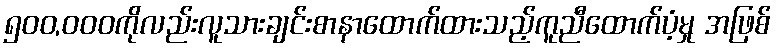
၅၀၀,၀၀၀ကိုလည်းလူသားချင်းစာနာထောက်ထားသည့်ကူညီထောက်ပံ့မှု အဖြစ်